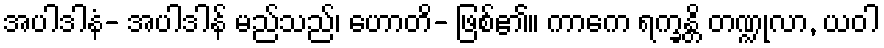
အပါဒါနံ- အပါဒါန် မည်သည်၊ ဟောတိ- ဖြစ်၏။ ကာကေ ရက္ခန္တိ တဏ္ဍုလာ, ယဝါ